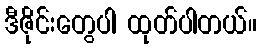
ဒီဇိုင်းတွေပါ ထုတ်ပါတယ်။